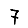
Digit: 7